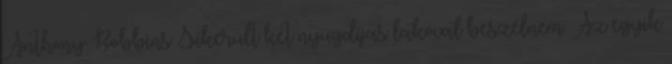
Anthony Robbins Sikerült két nyugdíjas lakóval beszélnem. Az egyik